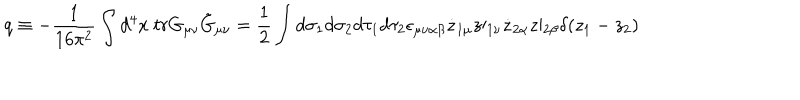
LaTeX: q \equiv - \frac { 1 } { 1 6 \pi ^ { 2 } } \int d ^ { 4 } x \mathrm { ~ } t r G _ { \mu \nu } \tilde { G } _ { \mu \nu } = \frac { 1 } { 2 } \int d \sigma _ { 1 } d \sigma _ { 2 } d \tau _ { 1 } d \tau _ { 2 } \epsilon _ { \mu \nu \alpha \beta } \dot { z } _ { 1 \mu } z \prime _ { 1 \nu } \dot { z } _ { 2 \alpha } z \prime _ { 2 \beta } \delta ( z _ { 1 } - z _ { 2 } )